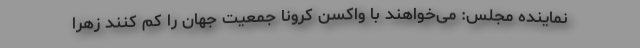
نماینده مجلس: می‌خواهند با واکسن کرونا جمعیت جهان را کم کنند زهرا